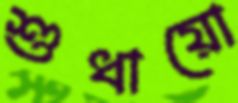
শুধায়ো